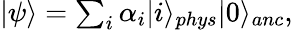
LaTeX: \begin{array}{r}{|\psi\rangle=\sum_{i}\alpha_{i}|i\rangle_{phys}|0\rangle_{anc},}\end{array}